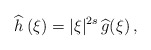
\begin{align*}\widehat{h}\,(\xi)=|\xi|^{2s} \,\widehat{g}(\xi)\,,\end{align*}